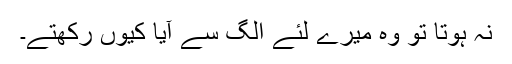
نہ ہوتا تو وہ میرے لئے الگ سے آیا کیوں رکھتے۔